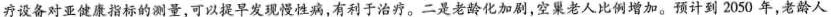
疗设备对亚健康指标的测量，可以提早发现慢性病，有利于治疗。二是老化加剧，空巢老人比润增加。预计到2050年，老龄人